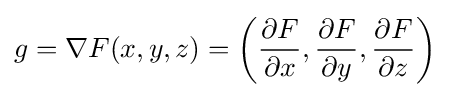
g=\nabla F(x,y,z)=\left({\frac {\partial F}{\partial x}},{\frac {\partial F}{\partial y}},{\frac {\partial F}{\partial z}}\right)